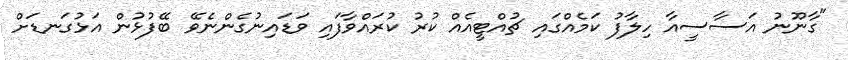
"ގާނޫނު އަސާސީއާ ހިލާފު ކަމެއްގައި ޗުއްޓީއެއް ކުރު ކުރައްވާފައި ވަޑައިނުގެންނެވޭ ބޭފުޅުން އަޅުގަނޑަށް